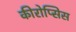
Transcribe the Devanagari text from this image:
कीरोप्सिस